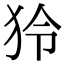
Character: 狑